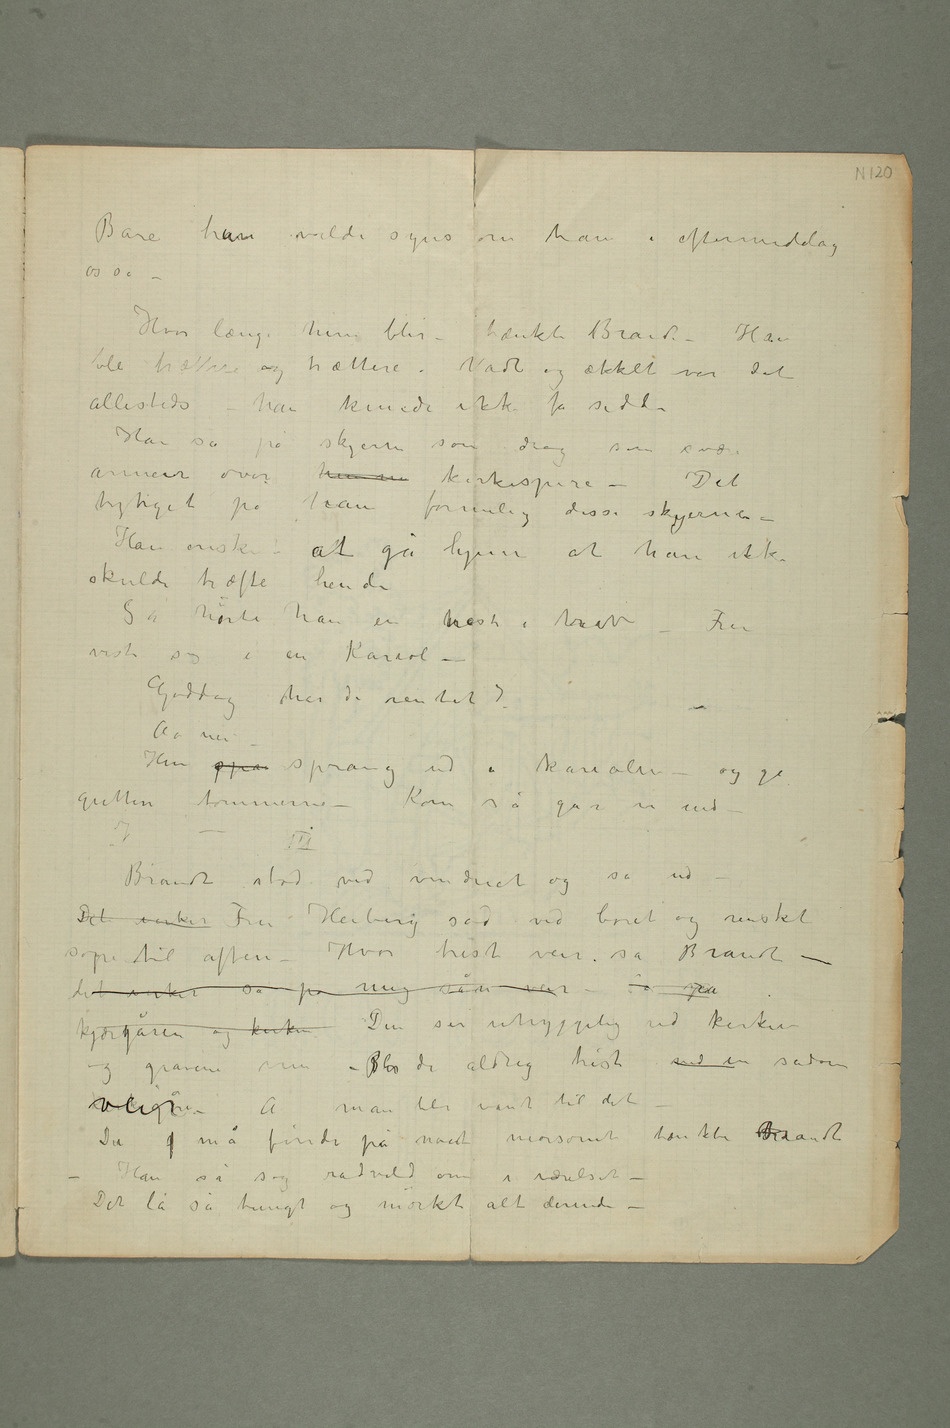
Bare haun vilde syns om ham i eftermiddag
– Hvor længe hun blir – tænkte Brandt – Han
han kunde ikke få sidde
Han så på
skyerne som drog som svære
tynget på ham formelig disse skyerne
– Han ønsket at gå hjem at han ikke
skulde træffe hende
Så hørte han en hest i trav – Fru
viste sig i en Kariol
– Goddag har de ventet?
Aa nei –
Hun spa sprang ud a kariolen – og ga gutten
– Kom så går vi ind – –
Brandt stod ved vinduet og så ud
– Det virker Fru Heiberg sad ved boret og rensket
sop til aften – Hvor trist veir sa Brandt –
kjærgåren og kirken Den ser uhyggelig ud kirken
og gravene nu – Blir de aldrig trist ved en sådan
Du  må finde på noet morsomt tænkte Brandt –
Han så sig rådvild om i værelset –
Det lå så tungt og mørkt alt derinde –